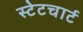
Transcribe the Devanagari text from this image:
स्टेटचार्ट